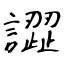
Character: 譅